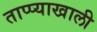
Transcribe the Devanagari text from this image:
ताप्प्याखाली